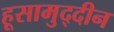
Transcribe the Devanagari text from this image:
हूसामुद्दीन